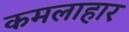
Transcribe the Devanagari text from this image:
कमलाहार